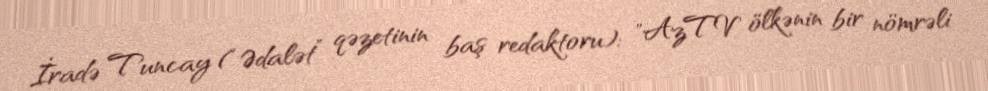
İradə Tuncay (“Ədalət” qəzetinin baş redaktoru): "AzTV ölkənin bir nömrəli